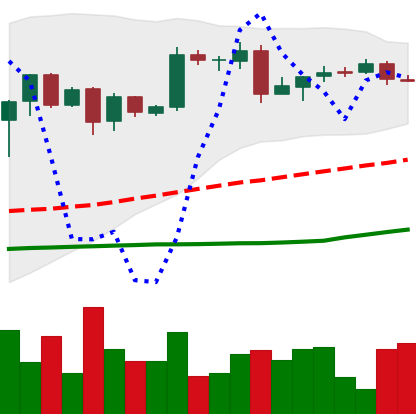
Ticker: BTC-USD
Chart end date: 2016-05-17
Forward return: -3.187%
Label: down_3_5